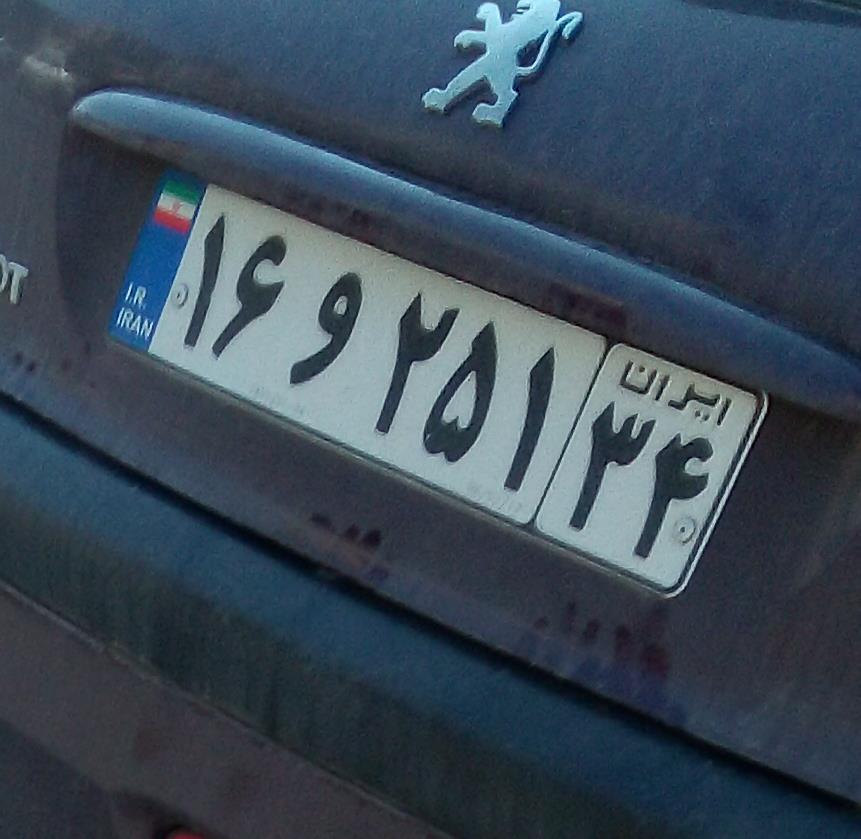
۱۶و۲۵۱۳۴